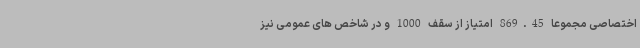
اختصاصی مجموعا 869.45 امتیاز از سقف 1000 و در شاخص های عمومی نیز